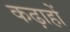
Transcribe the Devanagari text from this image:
कढ़ाहों